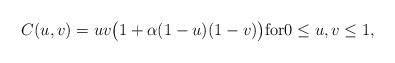
LaTeX: \begin{align*}C(u,v)=uv\big ( 1+\alpha(1-u)(1-v) \big )\textrm{for} 0\le u,v\le 1,\end{align*}